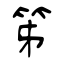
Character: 笫